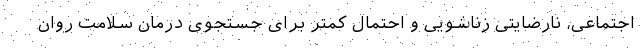
اجتماعی، نارضایتی زناشویی و احتمال کمتر برای جستجوی درمان سلامت روان